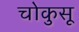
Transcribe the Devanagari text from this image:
चोकुसू